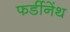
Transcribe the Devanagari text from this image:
फर्डीनेंथ